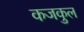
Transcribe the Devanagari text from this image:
कजकुल